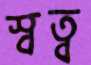
স্বত্ব